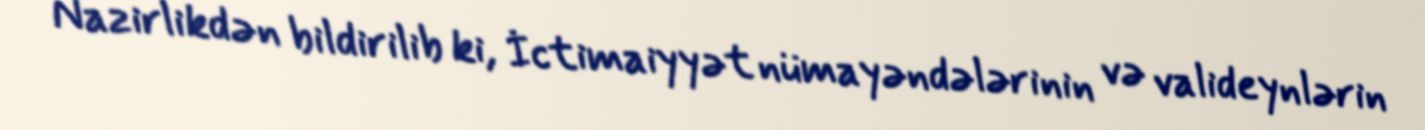
Nazirlikdən bildirilib ki, İctimaiyyət nümayəndələrinin və valideynlərin